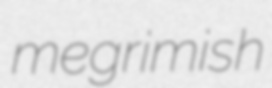
megrimish